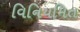
વિનિયમિત